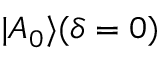
| A _ { 0 } \rangle ( \delta = 0 )